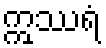
ဣဿရံ